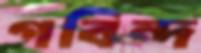
গবিন্দ